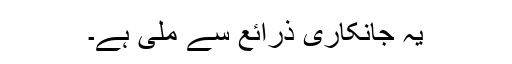
یہ جانکاری ذرائع سے ملی ہے۔